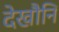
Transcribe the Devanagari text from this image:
देखौनि